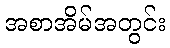
အစာအိမ်အတွင်း